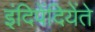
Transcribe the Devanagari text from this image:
इंदिपेंदियेंते